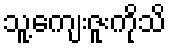
သူ့ကျေးဇူးကိုသိ